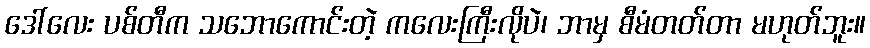
ဒေါ်လေး ပစ်တီက သဘောကောင်းတဲ့ ကလေးကြီးလိုပဲ၊ ဘာမှ စီမံတတ်တာ မဟုတ်ဘူး။